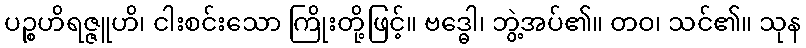
ပဉ္စဟိရဇ္ဇူဟိ၊ ငါးစင်းသော ကြိုးတို့ဖြင့်။ ဗဒ္ဓေါ၊ ဘွဲ့အပ်၏။ တဝ၊ သင်၏။ သုန